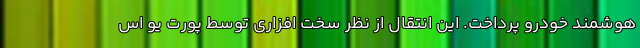
هوشمند خودرو پرداخت. این انتقال از نظر سخت افزاری توسط پورت یو اس